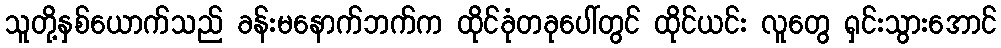
သူတို့နှစ်ယောက်သည် ခန်းမနောက်ဘက်က ထိုင်ခုံတခုပေါ်တွင် ထိုင်ယင်း လူတွေ ရှင်းသွားအောင်